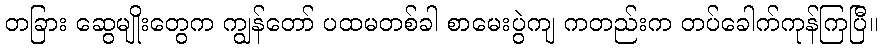
တခြား ဆွေမျိုးတွေက ကျွန်တော် ပထမတစ်ခါ စာမေးပွဲကျ ကတည်းက တပ်ခေါက်ကုန်ကြပြီ။